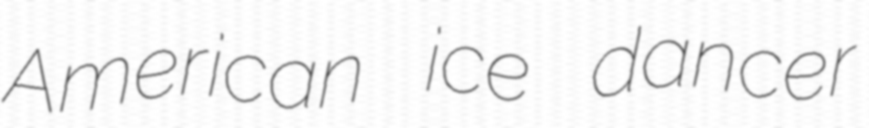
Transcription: American ice dancer